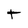
Character: t